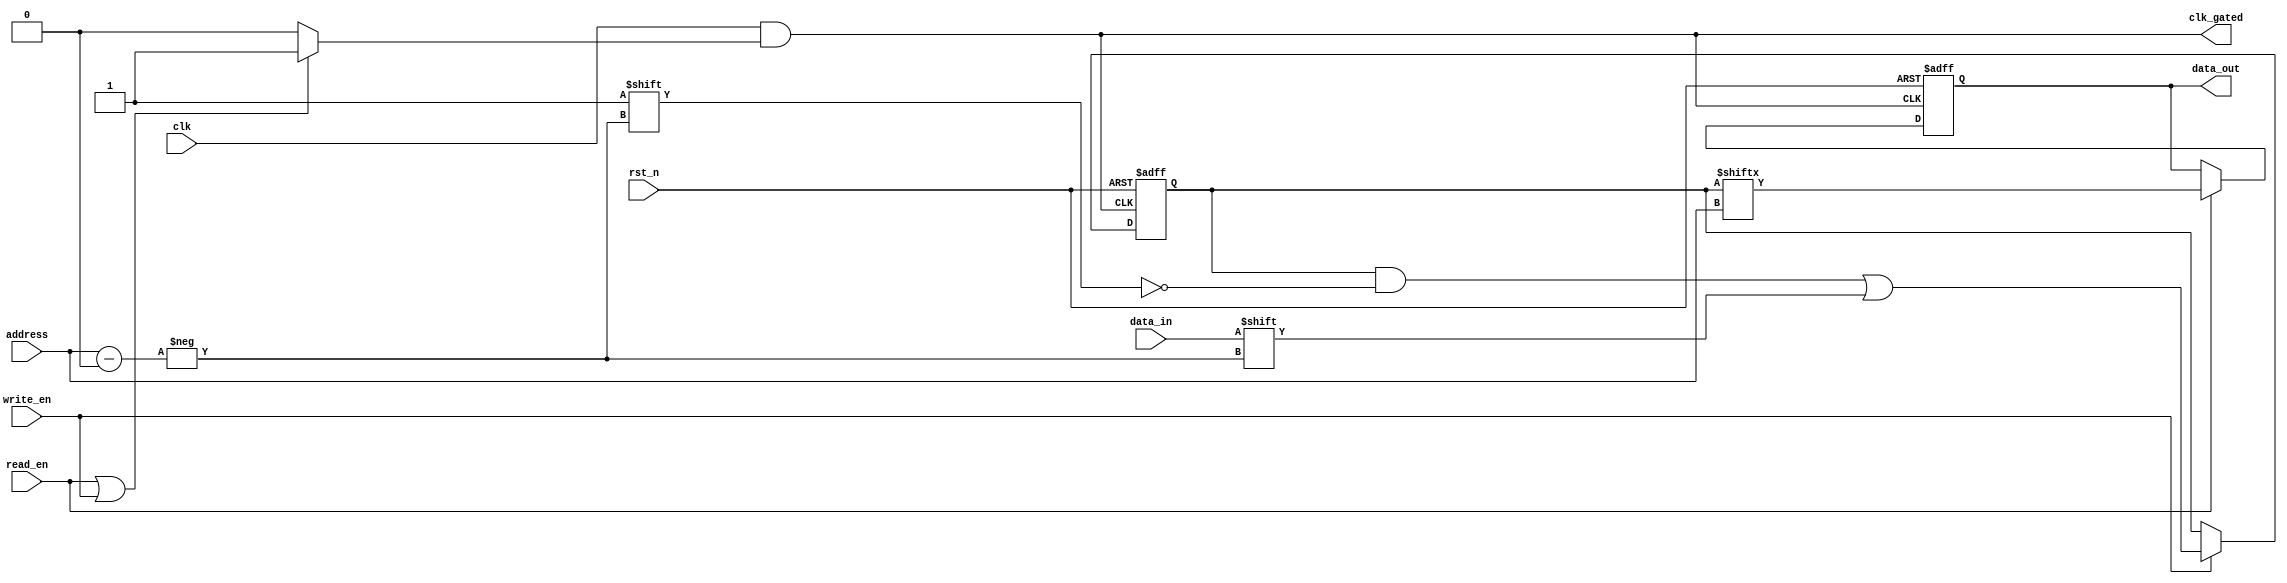
module MemoryBlock (
    input wire clk,                 // Main clock input
    input wire rst_n,              // Active-low reset
    input wire [7:0] address,      // Address input (8 bits for 256 words)
    input wire data_in,            // Data input for write operations
    input wire read_en,            // Read enable signal
    input wire write_en,           // Write enable signal
    output reg data_out,           // Data output for read operations
    output wire clk_gated          // Gated clock output
);

    // Parameters
    localparam MEM_SIZE = 256;     // Memory size in words
    reg [MEM_SIZE-1:0] memory;      // Memory array (1 bit per word)

    // Clock gating logic
    wire active;                    // Signal indicating active operation
    reg clk_enable;                 // Clock enable signal for gating

    // Determine if memory is active based on read/write enables
    assign active = read_en | write_en;

    // Clock gating logic
    always @(*) begin
        if (active) 
            clk_enable = 1'b1;      // Enable clock if active
        else
            clk_enable = 1'b0;      // Disable clock if idle
    end

    // Gated clock output
    assign clk_gated = clk & clk_enable;

    // Memory array operations
    always @(posedge clk_gated or negedge rst_n) begin
        if (!rst_n) begin
            memory <= {MEM_SIZE{1'b0}}; // Initialize memory to 0 on reset
            data_out <= 1'b0;           // Clear output data
        end else begin
            if (write_en) begin
                memory[address] <= data_in; // Write data to memory
            end
            if (read_en) begin
                data_out <= memory[address]; // Read data from memory
            end
        end
    end

endmodule